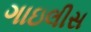
ગાઇલીસ